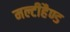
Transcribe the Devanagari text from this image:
मल्टीहैण्ड